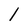
Character: I